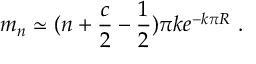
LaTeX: m _ { n } \simeq ( n + \frac { c } { 2 } - \frac { 1 } { 2 } ) \pi k e ^ { - k \pi R } ~ .